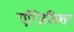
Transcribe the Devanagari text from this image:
एग्ज़िबिशन